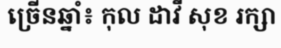
ច្រើនឆ្នាំ៖ កុល ដាវី សុខ រក្សា